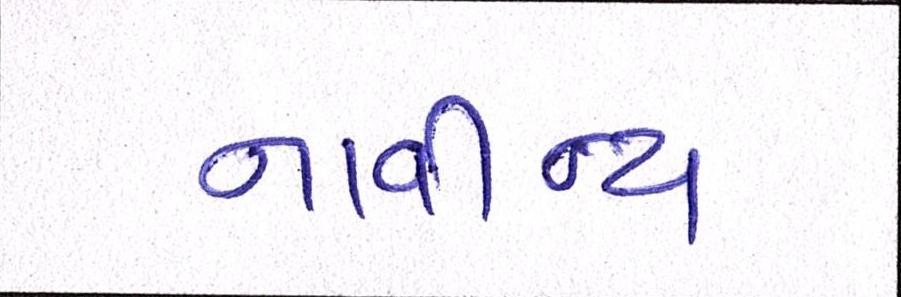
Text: નાવીન્ય